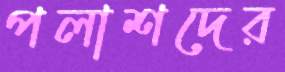
পলাশদের